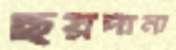
ছয়দানা